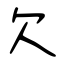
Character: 欠